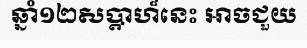
ឆ្នាំ១២សប្តាហ៏នេះ អាចជួយ